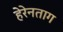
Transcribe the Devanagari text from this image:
हेरेनताग